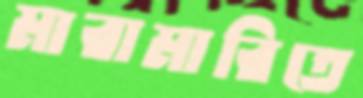
মারামারিতে